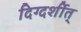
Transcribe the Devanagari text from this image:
दिग्दर्शीत्